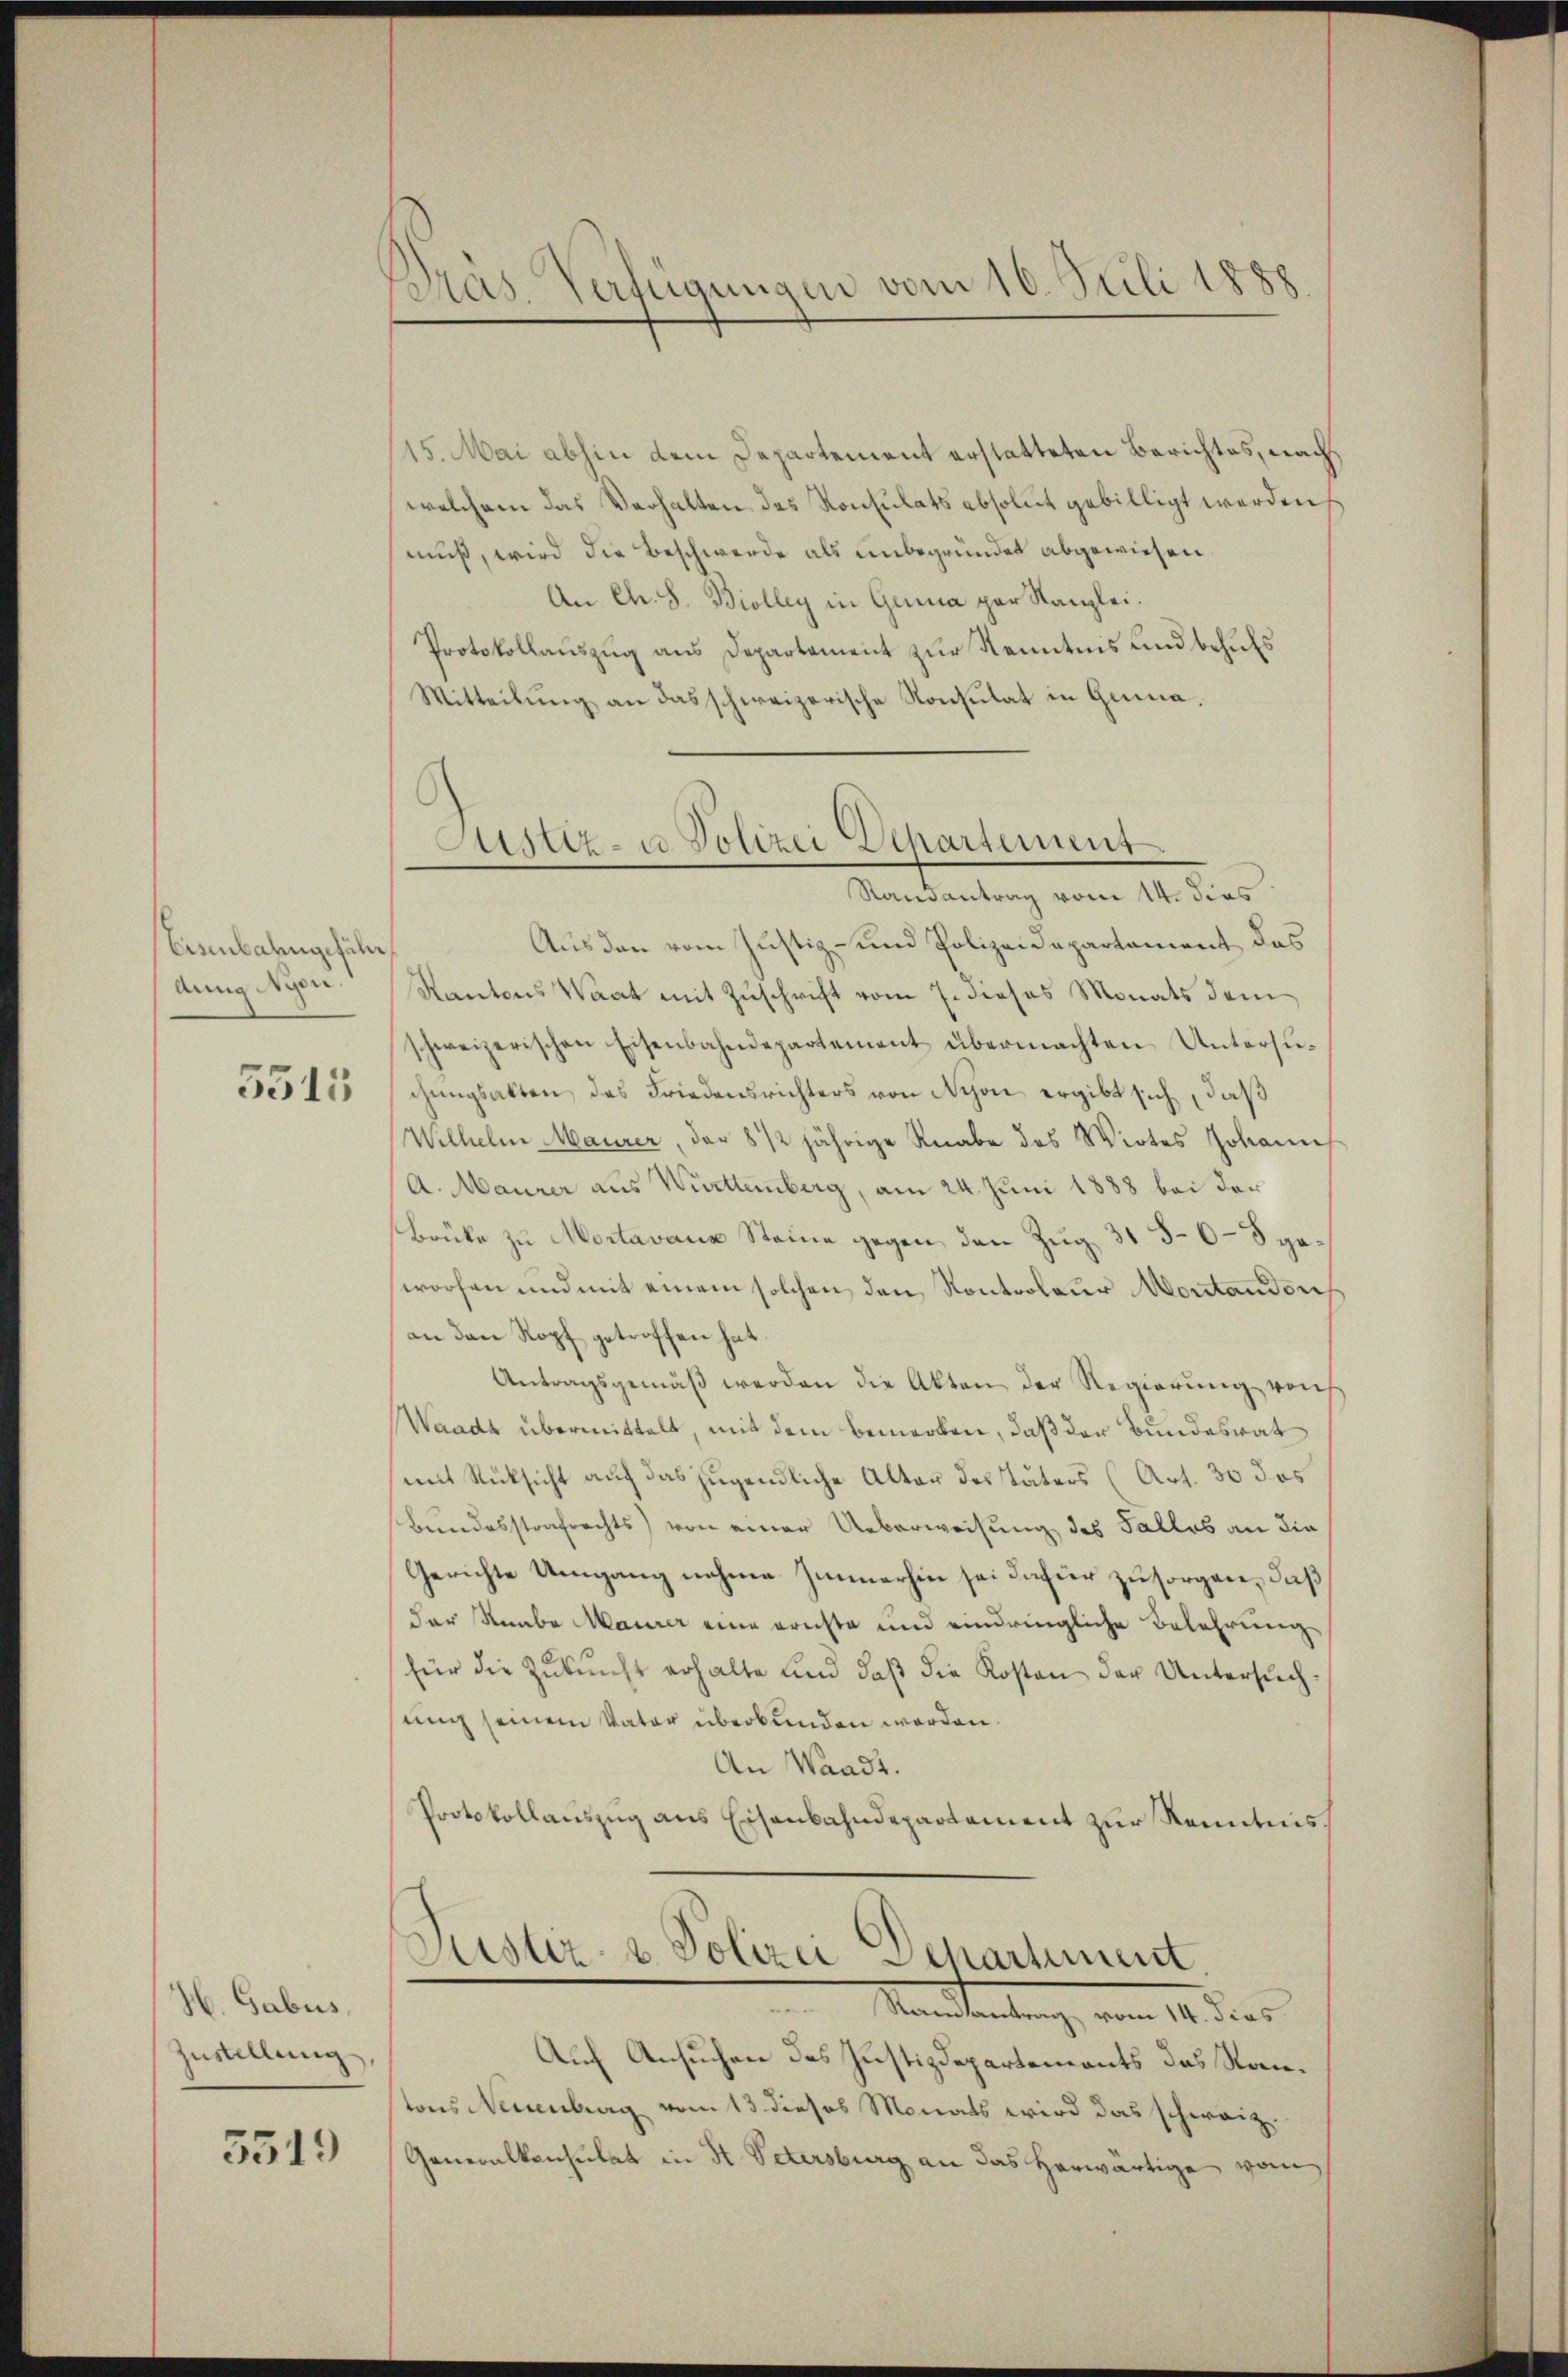
Eisenbahngefähr
dung Nyen.
5515

H. Gabus
Zustellung

5519

Präs. Verfügungen vom 16. Juli 1888

15. Mai abhin dem Departement erstatteten Berichtes, nach
welchem das Verhalten des Konsulats absolut gebilligt werden
muß, wird die Beschwerde als unbegründet abgewiesen.
An Ch. S. Biolleg in Genua par Kanzlei.
Protokollauszug aus Departement zur Kenntnis und behufs
Mitteilung an das schweizerische Konsulat in Genua¬
Justiz- u. Polizei Departement

Randantrag vom 14. dies

Aus den vom Justiz- und Polizeidepartament das
Kantons Waat mit Zuschrift vom 7. dieses Monats dem
schweizerischen Eisenbahndepartement übermachten Untersuchungsakten, das Friedensrichters von Nyon ergibt sich, daß
Wilhelm Maurer, der 8 1/2 jährige Knabe des Wirtes Johann
A. Maurer aus Württemberg, am 24. Juni 1888 bei der
Brüke zu Mortavaux Steine gegen den Zug 31 5–6–8 geworfen und mit einem solchen den Kontroleur Montandorf
an den Kopf getroffen hat.
Antragsgemäβ werden die Akten der Regierŭng von
Waadt übermittelt, mit dem bemerken, daß der Bundesrat
mit Rücksicht auf das jugendliche Alter des späters (Art. 30 das
Bundesstrafrechts) von einer Ueberweisung des Falles an die
Gerichte Umgang nehme Immerhin sei dafür zu sorgen, daß
der Knabe Maurer eine ernste und eindringliche Belehrung
für die Zŭkŭnft erhalte und daβ die Kosten der Untersuchsung seinem Vater überbunden worden.
An Waadt.
Protokollauszug aus Eisenbahndepartement zur Kenntnis.

Justiz- u. Polizei Departiment
Manleitung, vom 11 dies

Auf Ansuchen des Justizdepartements das Stantons Neuenburg vom 13 dieses Monats wird das schweiz.
Generalkonsulat in St. Petersburg an das herwärtige vom